system: You are a helpful assistant.
user:
Analyze the provided spectrum to determine if it is a **Carbon Star (C-type)**.

- **Key Visual Indicators of Carbon Star:**
    - **(Primary):** Strong molecular absorption from **C₂ (diatomic carbon) "Swan Bands."** This is the **defining feature** of a carbon star.
        - **(Key Bandheads):** Sharp absorption edges are visible at approximately $5635$ Å, $5165$ Å (the strongest band), and $4737$ Å.
        - **(Line Profile):** Creates a distinct **"saw-tooth"** pattern. The key morphology is a sharp, steep bandhead on the **red (long-wavelength) side**, which then gradually tapers off (i.e., flux recovers) towards the **blue (short-wavelength) side**. *(This is the direct opposite of the TiO bands seen in M-type stars)*.

    - **(Secondary):** Intense **CN (cyanogen)** molecular absorption bands.
        - **(Key Bandheads):** Located in the blue and violet regions of the spectrum (e.g., near $4215$ Å and $3883$ Å).
        - **(Morphology):** These bands are extremely broad and act as a "blanket," absorbing the vast majority of blue and violet light. This creates a characteristic **"cliff"** or **"steep drop-off"** in the spectrum's flux at short wavelengths.

    - **(Key Confirmation):** Strong **CH absorption band (G-band)**.
        - **(Key Bandhead):** Located around $4300$ Å. The contribution from CH molecules to this band is exceptionally strong.

    - **(Overall Spectrum):**
        - The continuum is severely "chopped up" by these deep molecular bands, especially C₂, rather than appearing as a smooth curve.
        - Due to the heavy CN and C₂ absorption in the blue-green, the vast majority of the star's flux is concentrated in the red part of the spectrum, giving the star its characteristic deep red color.

Think first, call **spectral_visualization_tool** if needed to examine features in detail, then provide your final answer. Your response must adhere to the following strict rules:
1.  **Overall Structure:** Your response must follow the format `<think>...</think> <tool_call>...</tool_call> (if a tool is used) <answer>...</answer>`.
2.  **Tool Usage Constraint:** You may only make **one** tool call per turn.
3.  **Final Answer Format:** In the `<answer>` tag, your conclusion must be inside a `\boxed{}` command (e.g., `\boxed{YES}`), followed by your justification.

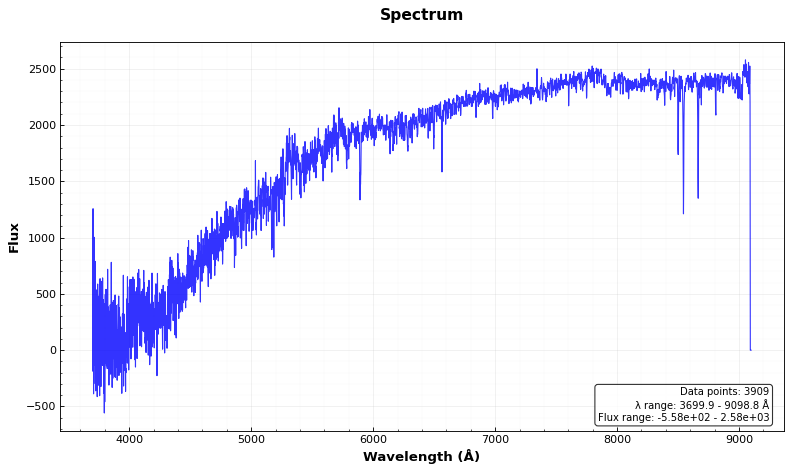
Answer: NO